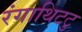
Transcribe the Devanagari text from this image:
रंगाथिटटु